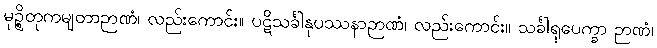
မုဉ္စိတုကမျတာဉာဏံ၊ လည်းကောင်း။ ပဋိသင်္ခါနုပဿနာဉာဏံ၊ လည်းကောင်း။ သင်္ခါရုပေက္ခာ ဉာဏံ၊